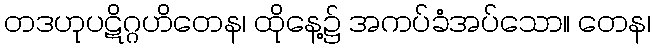
တဒဟုပဋိဂ္ဂဟိတေန၊ ထိုနေ့၌ အကပ်ခံအပ်သော။ တေန၊